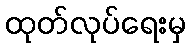
ထုတ်လုပ်ရေးမှ